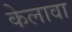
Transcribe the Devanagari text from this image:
केलावा